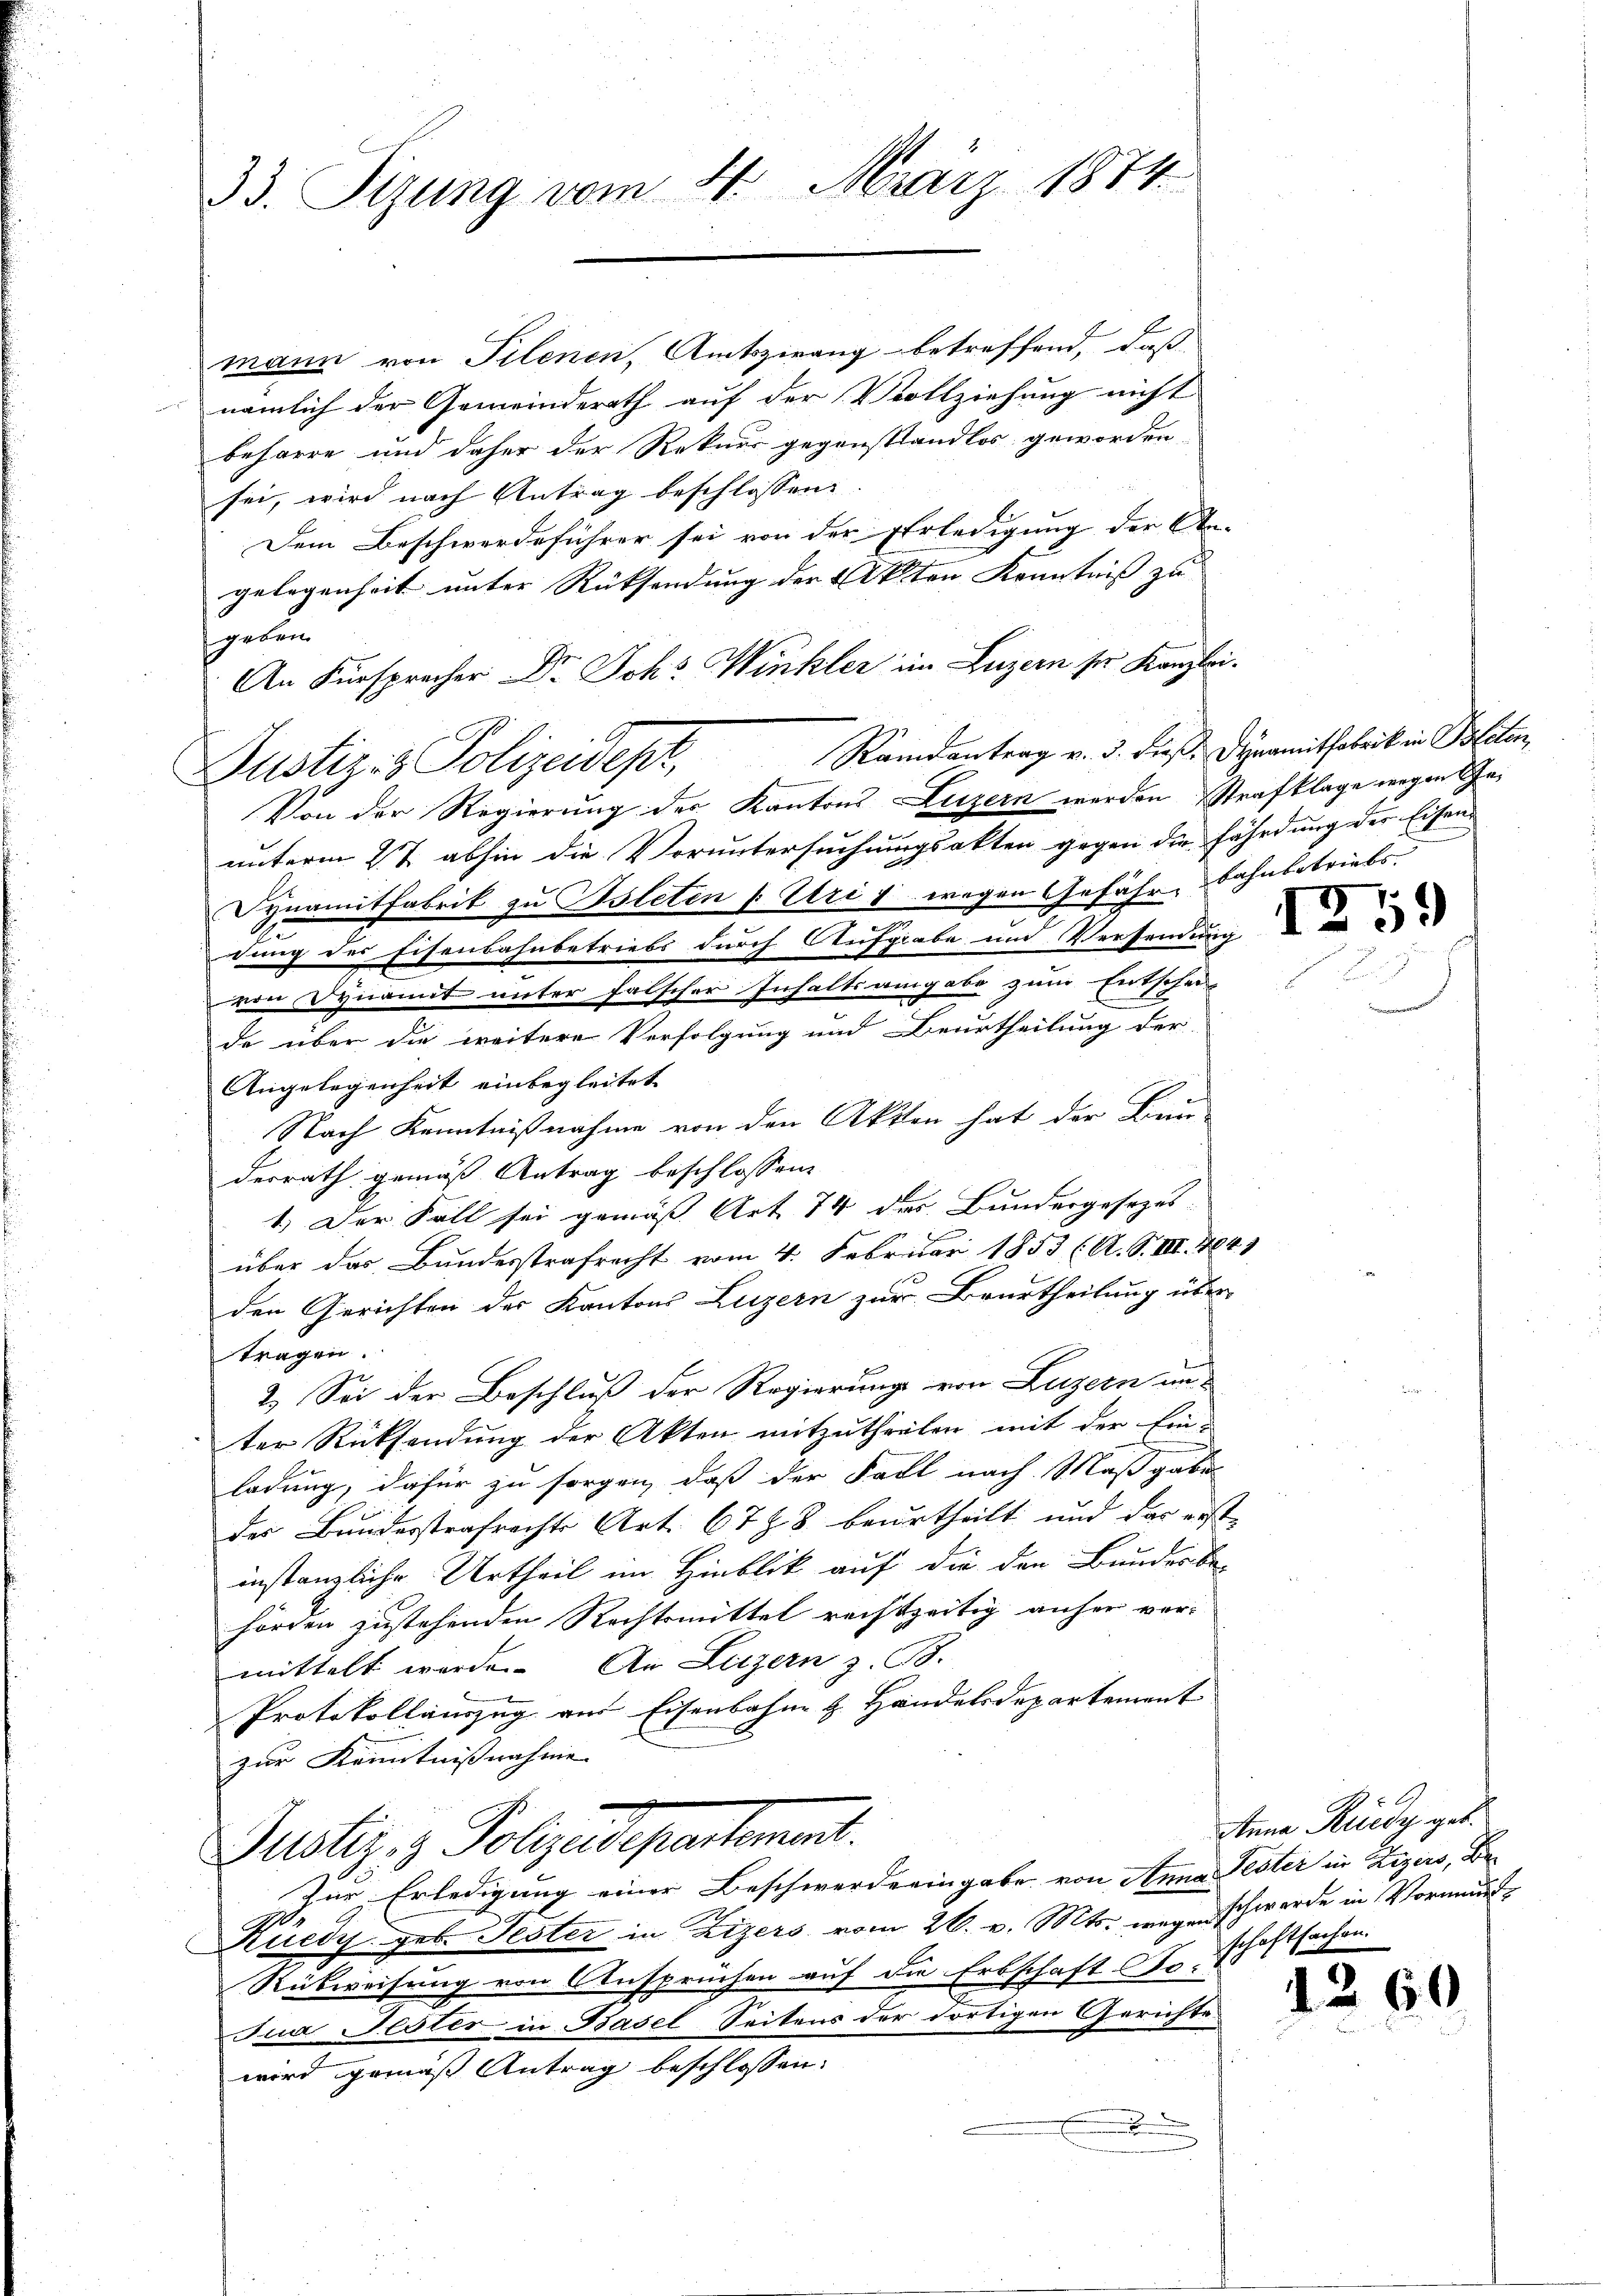
33. Sizung vom 4. März 1874

mann von Pilenen, Amtszwang betreffend, daß
nämlich der Gemeinderath auf der Vollziehung nicht
beharre und daher der Rekurs gegenstandlos geworden
sei, wird nach Antrag beschlossen:
Dem Beschwerdeführer sei von der Erledigung der An-
gelegenheit unter Rücksendung der Akten Kenntniss zu |
geben.
An Fürsprecher Dr. Joh. Winkler im Luzern sie Kanzlei¬
Von der Regierung des Kantons Luzern werden Strafklage wegen Geunterm 27 abhin die Voruntersuchungsakten gegen die fährdung der Eisen¬
Dynamitfabrik zu Bsletin Uri v wegen Gefähr-Bahnbetriebs
dung des Eisenbahnbetriebs durch Aufgabe und Versendung
von Dynamit unter falscher Inhaltsangabe zum Entschei-
de über die weitere Verfolgung und Beurtheilung der
Angelegenheit einbegleitet
Nach Kenntnißnahme von den Akten hat der Bein-
derrath gemäß Antrag beschlossen,
1.) Der Fall sei gemäß Art. 74 des Bundergesezes-
über das Bundesstrafrecht vom 4. Februar 1853 (A. S. VIII. 404
den Gerichten des Kantons Luzern zur Beurtheilung über
tragen.
2.) Sei der Beschluß der Regierung von Luzern an
ter Rücksendung der Akten mitzutheilen mit der Ein-
ladung, dafür zu sorgen, daß der Fall nach Maßgabe
des Bundesstrafrechts Art. 6788 beurtheilt und das erst
instanzliche Urtheil im Hinblik auf die den Bundesbe-
hörden zustehenden Rechtsmittel rechtzeitig anher ver-
mittelt werde. An Luzern z. B.
Protokollauszug aus Eisenbahne H. Handelsdepartement
zur Kenntnißnahme
Justiz- & Polizeidepartement.
Zur Erledigung einer Beschwerde eingabe von Anna Fester in Zizers, Be-
Küedy geb. Jester in Zizers vom 26. v. Mts. wegen schwerde in Vormunds¬
Rübweisung von Ansprüchen auf die Erbschaft To-
Jua Fester in Basel Seitens der dortigen Gerichte
wird gemäß Antrag beschlossen:
n

Justiz- & Polizeidept, Randentrag v. 3. dieß. Dynamisoleib in Politen

1259

Anna Rüedy geb.
schaftsachen.

1260